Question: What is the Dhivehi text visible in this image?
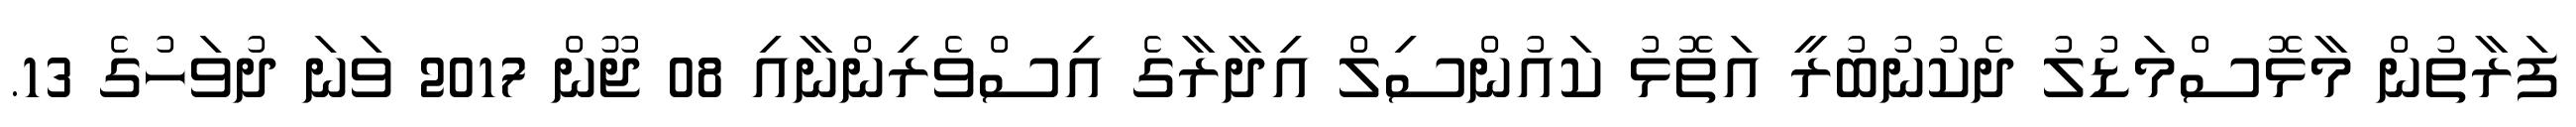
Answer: ފަރާތުން މާޅޮސްމަޑުލު ދެކުނުބުރީ އަތޮޅު ކައުންސިލް އިދާރާގެ އިސްވެރިންނާއި 08 ޖޫން 2017 ވަނަ ދުވަހުގެ 13.